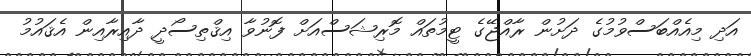
އަދި މިއެއްބަސްވުމުގެ ދަށުން ރާއްޖޭގެ ޓީމުތައް މޮރިޝަސްއަށް ފޮނުވާ އިޤްތިސޯދީ ދާއިރާއިން އެޤައުމު